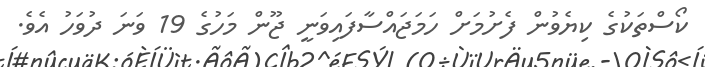
ކޯސްތަކުގެ ކިޔެވުން ފެށުމަށް ހަމަޖައްސާފައިވަނީ ޖޫން މަހުގެ 19 ވަނަ ދުވަހު އެވެ.